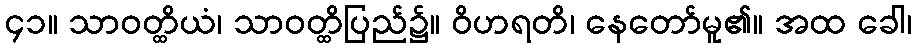
၄၁။ သာဝတ္ထိယံ၊ သာဝတ္ထိပြည်၌။ ဝိဟရတိ၊ နေတော်မူ၏။ အထ ခေါ၊